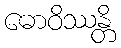
ဓောဝိဿန္တိ